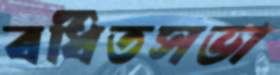
বর্ধিতসভা